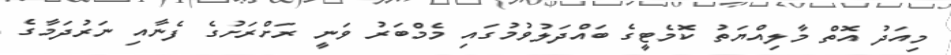
މިއަދު އޮތް މާލިއްޔަތު ކޮމެޓީގެ ބައްދަލުވުމުގައި މެމްބަރު ވަނީ ރަށްރަށުގެ ފެނާއި ނަރުދަމާގެ